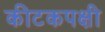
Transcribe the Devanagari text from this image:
कीटकपक्षी